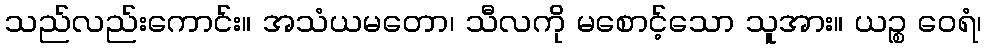
သည်လည်းကောင်း။ အသံယမတော၊ သီလကို မစောင့်သော သူအား။ ယဉ္စ ဝေရံ၊